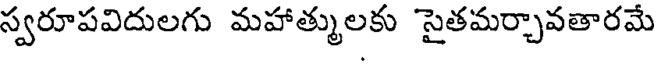
స్వరూపవిదులగు మహాత్ములకు సైతమర్చావతారమే